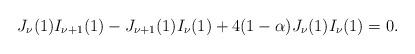
LaTeX: \begin{align*}J_{{\nu }}(1)I_{{\nu +1}}(1)-J_{{\nu +1}}(1)I_{{\nu }}(1)+4{(1-\alpha )}J_{{\nu }}(1)I_{{\nu }}(1)=0.\end{align*}